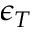
\epsilon _ { T }